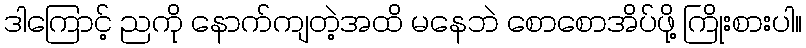
ဒါကြောင့် ညကို နောက်ကျတဲ့အထိ မနေဘဲ စောစောအိပ်ဖို့ ကြိုးစားပါ။